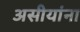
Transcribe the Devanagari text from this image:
असीयांना